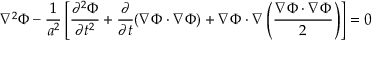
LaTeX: \nabla ^ { 2 } \Phi - { \frac { 1 } { a ^ { 2 } } } \left[ { \frac { \partial ^ { 2 } \Phi } { \partial t ^ { 2 } } } + { \frac { \partial } { \partial t } } ( \nabla \Phi \cdot \nabla \Phi ) + \nabla \Phi \cdot \nabla \left( { \frac { \nabla \Phi \cdot \nabla \Phi } { 2 } } \right) \right] = 0